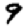
Digit: 9